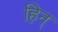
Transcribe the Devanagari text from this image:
हिन्